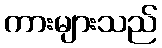
ကားများသည်